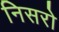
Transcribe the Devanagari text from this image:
निसरो